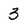
Character: 3